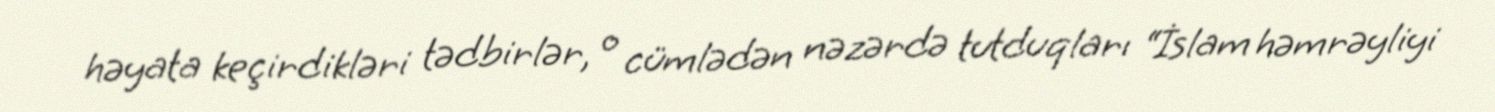
həyata keçirdikləri tədbirlər, o cümlədən nəzərdə tutduqları “İslam həmrəyliyi